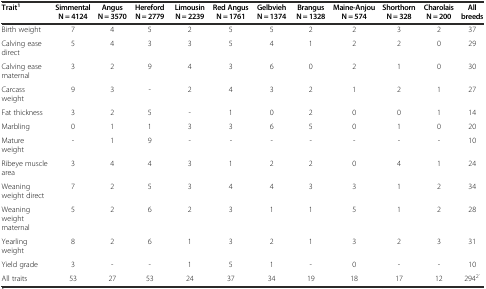
<table><thead><tr><td><b>Trait<sup>1</sup></b></td><td><b>Simmental N = 4124</b></td><td><b>Angus N = 3570</b></td><td><b>Hereford N = 2779</b></td><td><b>Limousin N = 2239</b></td><td><b>Red Angus N = 1761</b></td><td><b>Gelbvieh N = 1374</b></td><td><b>Brangus N = 1328</b></td><td><b>Maine-Anjou N = 574</b></td><td><b>Shorthorn N = 328</b></td><td><b>Charolais N = 200</b></td><td><b>All breeds</b></td></tr></thead><tbody><tr><td>Birth weight</td><td>7</td><td>4</td><td>5</td><td>2</td><td>5</td><td>5</td><td>2</td><td>2</td><td>3</td><td>2</td><td>37</td></tr><tr><td>Calving ease direct</td><td>5</td><td>4</td><td>3</td><td>3</td><td>5</td><td>4</td><td>1</td><td>2</td><td>2</td><td>0</td><td>29</td></tr><tr><td>Calving ease maternal</td><td>3</td><td>2</td><td>9</td><td>4</td><td>3</td><td>6</td><td>0</td><td>2</td><td>1</td><td>0</td><td>30</td></tr><tr><td>Carcass weight</td><td>9</td><td>3</td><td>-</td><td>2</td><td>4</td><td>3</td><td>2</td><td>1</td><td>2</td><td>1</td><td>27</td></tr><tr><td>Fat thickness</td><td>3</td><td>2</td><td>5</td><td>-</td><td>1</td><td>0</td><td>2</td><td>0</td><td>0</td><td>1</td><td>14</td></tr><tr><td>Marbling</td><td>0</td><td>1</td><td>1</td><td>3</td><td>3</td><td>6</td><td>5</td><td>0</td><td>1</td><td>0</td><td>20</td></tr><tr><td>Mature weight</td><td>-</td><td>1</td><td>9</td><td>-</td><td>-</td><td>-</td><td>-</td><td>-</td><td>-</td><td>-</td><td>10</td></tr><tr><td>Ribeye muscle area</td><td>3</td><td>4</td><td>4</td><td>3</td><td>1</td><td>2</td><td>2</td><td>0</td><td>4</td><td>1</td><td>24</td></tr><tr><td>Weaning weight direct</td><td>7</td><td>2</td><td>5</td><td>3</td><td>4</td><td>4</td><td>3</td><td>3</td><td>1</td><td>2</td><td>34</td></tr><tr><td>Weaning weight maternal</td><td>5</td><td>2</td><td>6</td><td>2</td><td>3</td><td>1</td><td>1</td><td>5</td><td>1</td><td>2</td><td>28</td></tr><tr><td>Yearling weight</td><td>8</td><td>2</td><td>6</td><td>1</td><td>3</td><td>2</td><td>1</td><td>3</td><td>2</td><td>3</td><td>31</td></tr><tr><td>Yield grade</td><td>3</td><td>-</td><td>-</td><td>1</td><td>5</td><td>1</td><td>-</td><td>0</td><td>-</td><td>-</td><td>10</td></tr><tr><td>All traits</td><td>53</td><td>27</td><td>53</td><td>24</td><td>37</td><td>34</td><td>19</td><td>18</td><td>17</td><td>12</td><td>294<sup>2`</sup></td></tr></tbody></table>